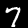
Digit: 7